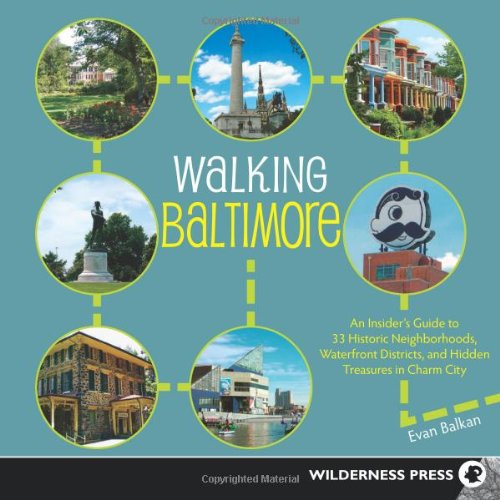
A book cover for Walking Baltimore: An InsiderEEs Guide to 33 Historic Neighborhoods, Waterfront Districts, and Hidden Treasures in Charm City; Evan Balkan; Health, Fitness & Dieting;